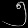
Digit: ၅